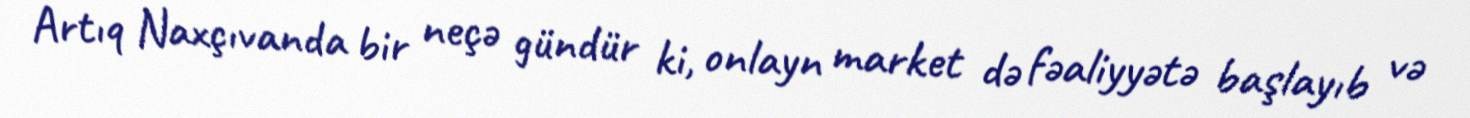
Artıq Naxçıvanda bir neçə gündür ki, onlayn market də fəaliyyətə başlayıb və